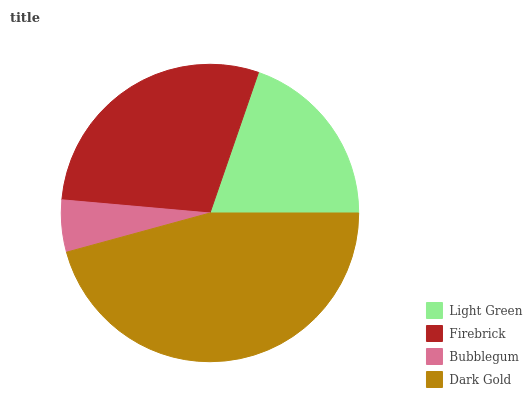
| Light Green | Firebrick | Bubblegum | Dark Gold |
 | --- | --- | --- | --- |
 | 19.7% | 28.8% | 5.65% | 45.8% |